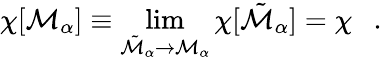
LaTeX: \chi[{\cal M}_{\alpha}]\equiv\operatorname*{lim}_{{\tilde{\cal M}}_{\alpha}\rightarrow{\cal M}_{\alpha}}\chi[{\tilde{\cal M}}_{\alpha}]=\chi~~~.